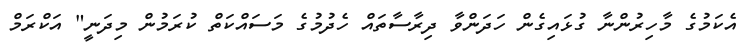
އެކަމުގެ މާހިރުންނާ ގުޅައިގެން ހަދަންވާ ދިރާސާތައް ހެދުމުގެ މަސައްކަތް ކުރަމުން މިދަނީ" އަކްރަމް